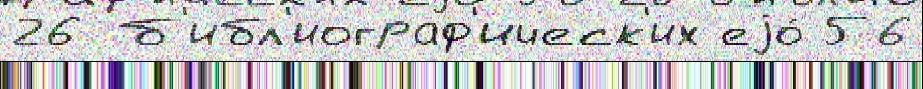
26 б'ибл'иограф'ическ'их еjо́ 56